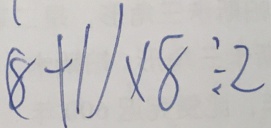
( 8 + 1 ) \times 8 \div 2